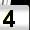
Digit: 4